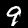
Digit: 9